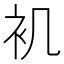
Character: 䘛